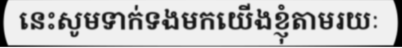
នេះសូមទាក់ទងមកយើងខ្ញុំតាមរយៈ